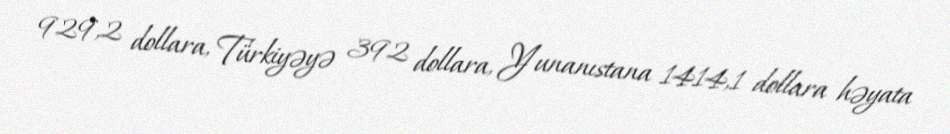
929,2 dollara, Türkiyəyə 392 dollara, Yunanıstana 1414,1 dollara həyata